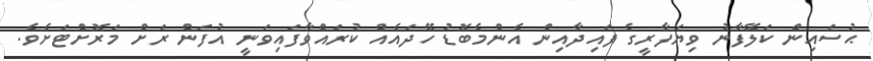
ޙުސައިން ކަލޭފާނު ވިޔަފާރީގެ ފައިދާއިން އެންމެބޮޑު ހޭދައެއް ކުރައްވާފައިވަނީ އުފަން ރަށް މަރޮށްޓަށެވެ.